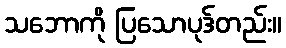
သဘောကို ပြသောပုဒ်တည်း။